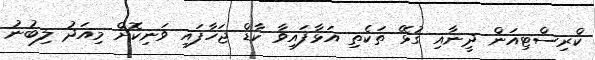
ކްރިސްޓިއަން ދީނާއި ގުޅޭ ތަކެތި އަޅާފައިވާ ކާޑް ޖަހާފައި ވަނިކޮށް މިއަދު ލިބުނު